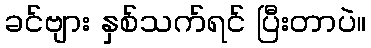
ခင်ဗျား နှစ်သက်ရင် ပြီးတာပဲ။